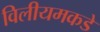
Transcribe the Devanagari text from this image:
विलीयमकडे